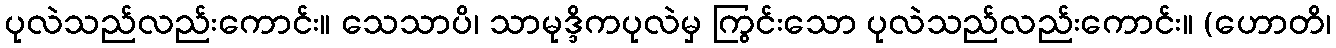
ပုလဲသည်လည်းကောင်း။ သေသာပိ၊ သာမုဒ္ဒိကပုလဲမှ ကြွင်းသော ပုလဲသည်လည်းကောင်း။ (ဟောတိ၊